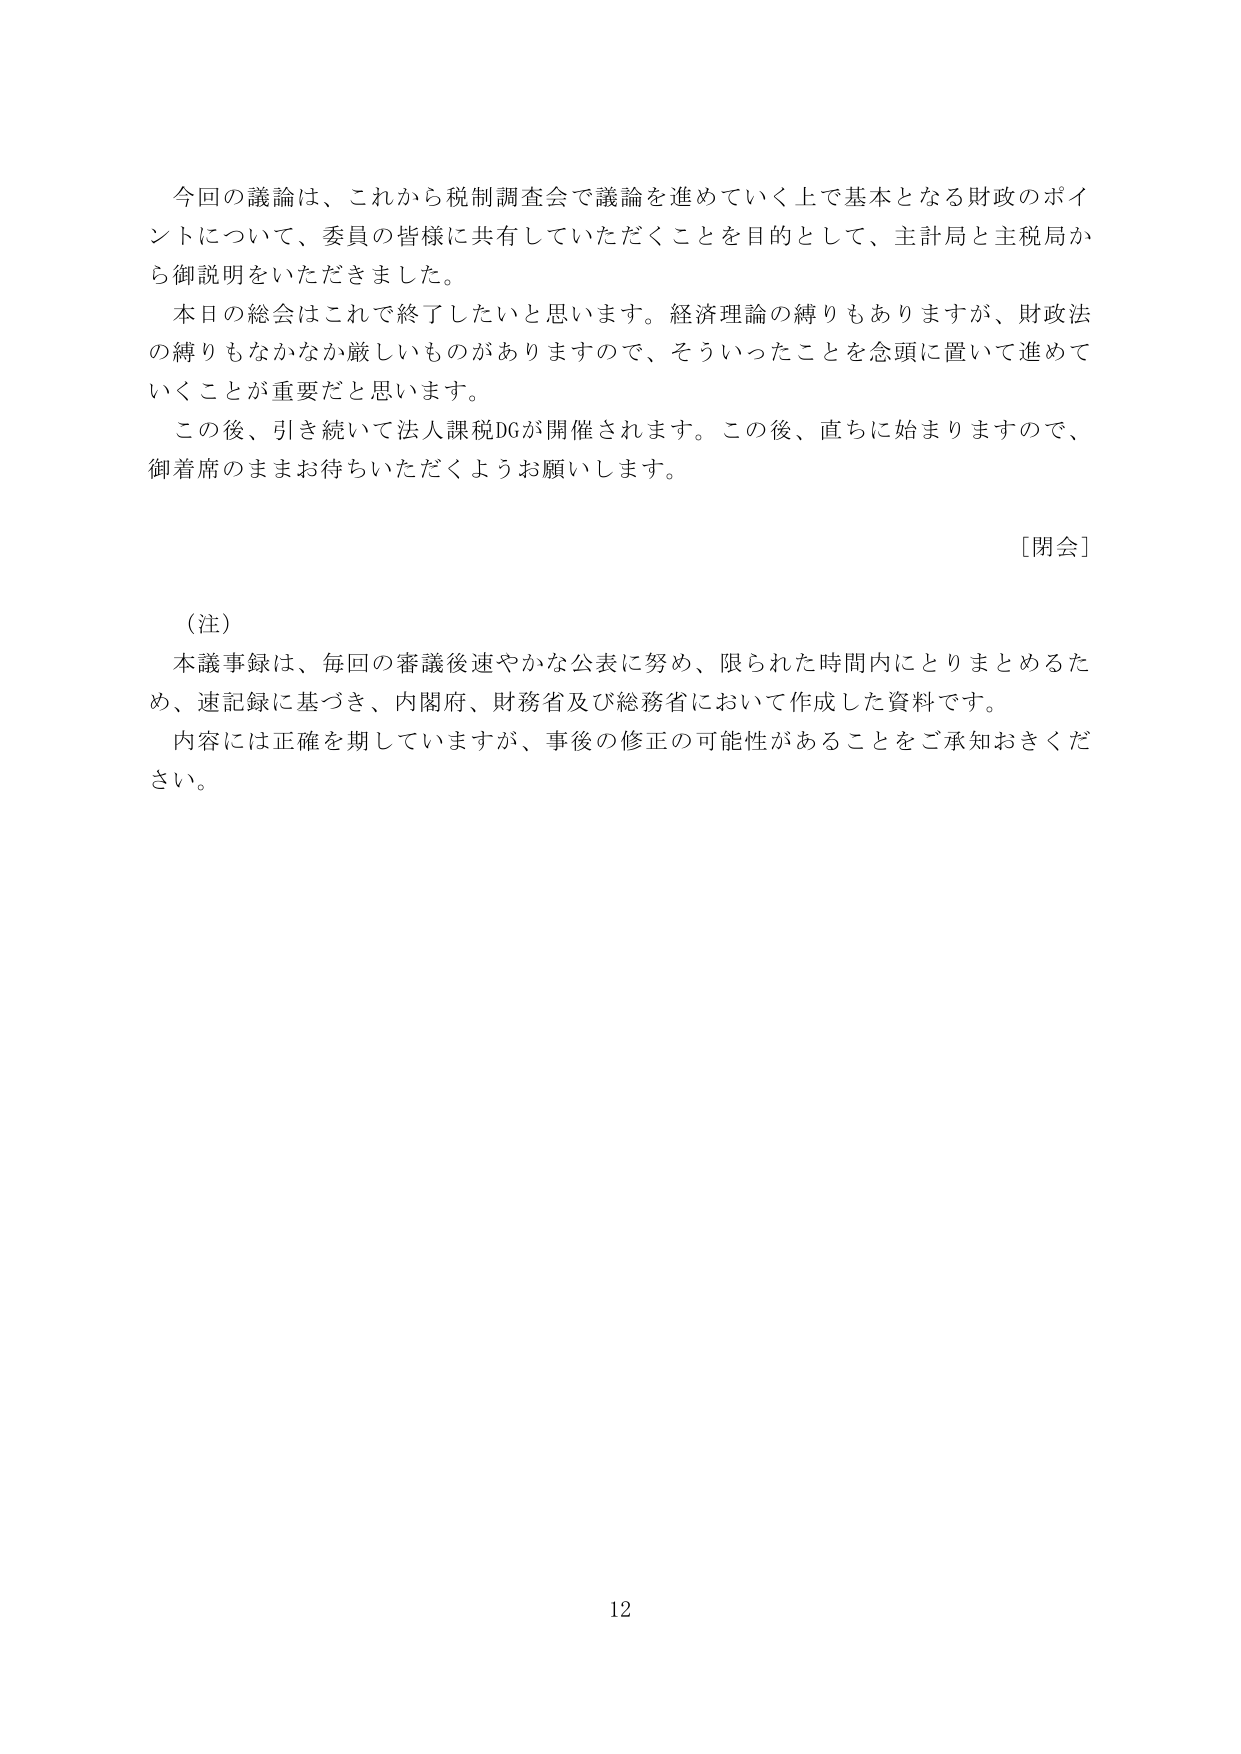
今回の議論は、これから税制調査会で議論を進めていく上で基本となる財政のポイントについて、委員の皆様に共有していただくことを目的として、主計局と主税局から御説明をいただきました。

本日の総会はこれで終了したいと思います。経済理論の縛りもありますが、財政法の縛りもなかなか厳しいものがありますので、そういったことを念頭に置いて進めていくことが重要だと思います。

この後、引き続いて法人課税DGが開催されます。この後、直ちに始まりますので、御着席のままお待ちいただくようお願いします。

［閉会］

（注）
本議事録は、毎回の審議後速やかな公表に努め、限られた時間内にとりまとめるため、速記録に基づき、内閣府、財務省及び総務省において作成した資料です。
内容には正確を期していますが、事後の修正の可能性があることをご承知おきください。

12